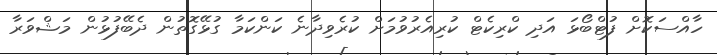
ހާއްސަކޮށް ފުޓްބޯޅަ އަދި ކްރިކެޓް ކުރިއެރުވުމަށް ކުރެވިދާނެ ކަންކަމާ ގުޅޭގޮތުން ދެބޭފުޅުން މަޝްވަރާ